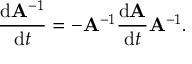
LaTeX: { \frac { \mathrm { d } \mathbf { A } ^ { - 1 } } { \mathrm { d } t } } = - \mathbf { A } ^ { - 1 } { \frac { \mathrm { d } \mathbf { A } } { \mathrm { d } t } } \mathbf { A } ^ { - 1 } .